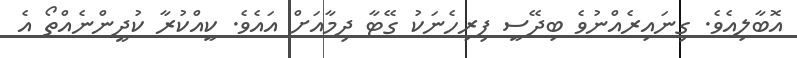
އޮބާލިއެވެ. ގިނައިރެއްނުވެ ބިދޭސީ ފިރިހެނަކު ގޭޓާ ދިމާއަށް އައެވެ. ކީއްކުރާ ކުދީންނެއްތޯ އެ